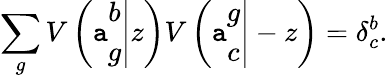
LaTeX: \sum_{g}V\left(\left.\mathtt{a}\begin{array}{c}{{b}}\\ {{g}}\end{array}\right|z\right)V\left(\left.\mathtt{a}\begin{array}{c}{{g}}\\ {{c}}\end{array}\right|-z\right)=\delta_{c}^{b}.